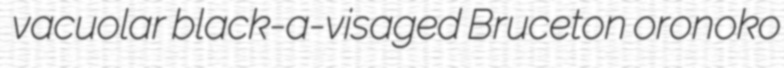
vacuolar black-a-visaged Bruceton oronoko